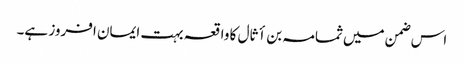
اس ضمن میں ثمامہ بن أثال کا واقعہ بہت ایمان افروز ہے۔